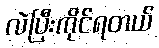
လဲပြီးကိုင်ရတယ်